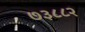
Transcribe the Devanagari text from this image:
७३८८२